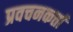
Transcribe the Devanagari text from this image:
प्रवचनकर्त्ता